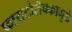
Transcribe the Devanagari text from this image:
फायटोलॅक्कामुळे